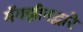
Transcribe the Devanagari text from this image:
मॅगझीनद्वारे